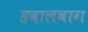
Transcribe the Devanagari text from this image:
हवालबाग